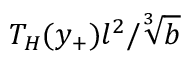
T _ { H } ( y _ { + } ) l ^ { 2 } / \sqrt [ 3 ] { b }